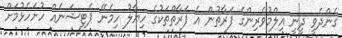
ގެންދެވީ ދީނީ އިލްމުވެރިންގެ ފަރާތުން އެ ފަރާތްތަކުގެ ހިޔާލު ހިމެނޭ ޕެޓިޝަނެއް ހުށަހެޅުމަށް